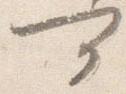
可